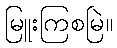
မြူးကြစမြဲ။